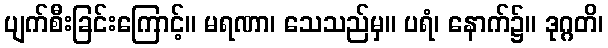
ပျက်စီးခြင်းကြောင့်။ မရဏာ၊ သေသည်မှ။ ပရံ၊ နောက်၌။ ဒုဂ္ဂတိ၊